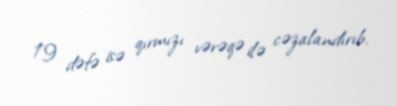
19 dəfə isə qırmızı vərəqə ilə cəzalandırıb.